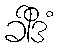
ခါဒိံ